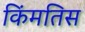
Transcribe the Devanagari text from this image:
किंमतिस